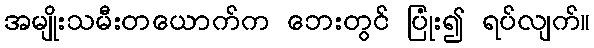
အမျိုးသမီးတယောက်က ဘေးတွင် ပြုံး၍ ရပ်လျက်။